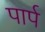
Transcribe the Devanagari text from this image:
पार्प